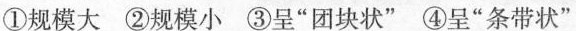
①规模大②规模小③呈”团块状”